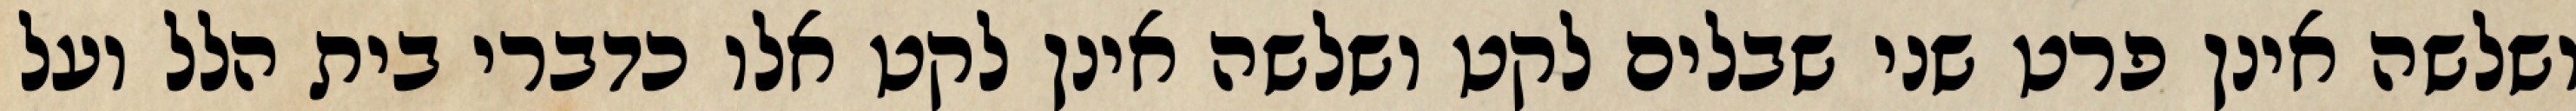
ושלשה אינן פרט שני שבלים לקט ושלשה אינן לקט אלו כדברי בית הלל ועל